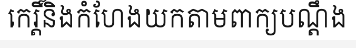
កេរ្តិ៍និងកំហែងយកតាមពាក្យបណ្តឹង